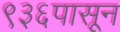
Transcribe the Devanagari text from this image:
९३६पासून